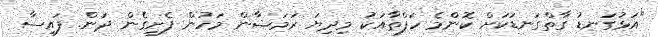
"އަޅުގަނޑު ގާތްގަނޑަކަށް ކޮންމެ ހަފްތާއަކު މިދިޔަ ރަމަޟާން މަހުން ފެށިގެން ދަން. ފައިސާ